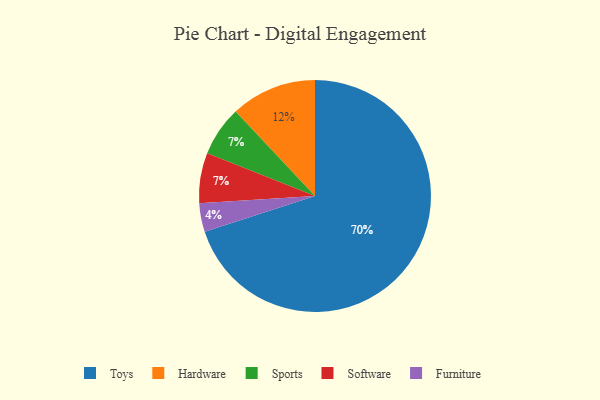
{"axis": {"x": "Category", "y": "Percentage"}, "legend": ["Furniture", "Hardware", "Software", "Sports", "Toys"], "data": [{"x": "Sports", "y": 7, "type": "Sports"}, {"x": "Hardware", "y": 12, "type": "Hardware"}, {"x": "Toys", "y": 70, "type": "Toys"}, {"x": "Software", "y": 7, "type": "Software"}, {"x": "Furniture", "y": 4, "type": "Furniture"}]}